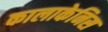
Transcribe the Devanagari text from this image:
कालाकेनिस